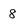
Character: 8